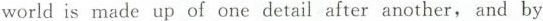
world is made up of one detail after another, and by